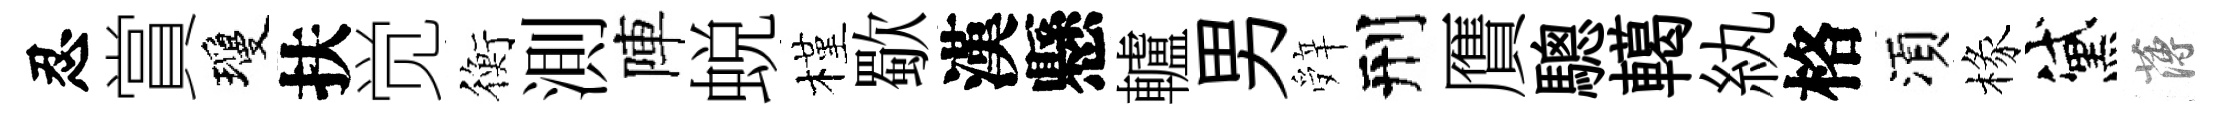
忍賞瓊扶觉衡測陣蜕槿歜漢懸轤男辤刑贋驄轕紈格湏椽黛薄